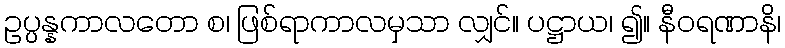
ဥပ္ပန္နကာလတော စ၊ ဖြစ်ရာကာလမှသာ လျှင်။ ပဋ္ဌာယ၊ ၍။ နီဝရဏာနိ၊